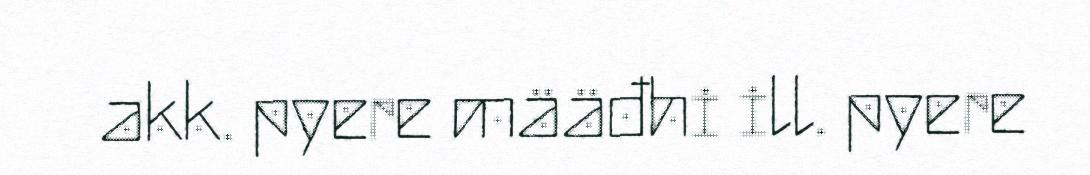
akk. pyere määđhi ill. pyere